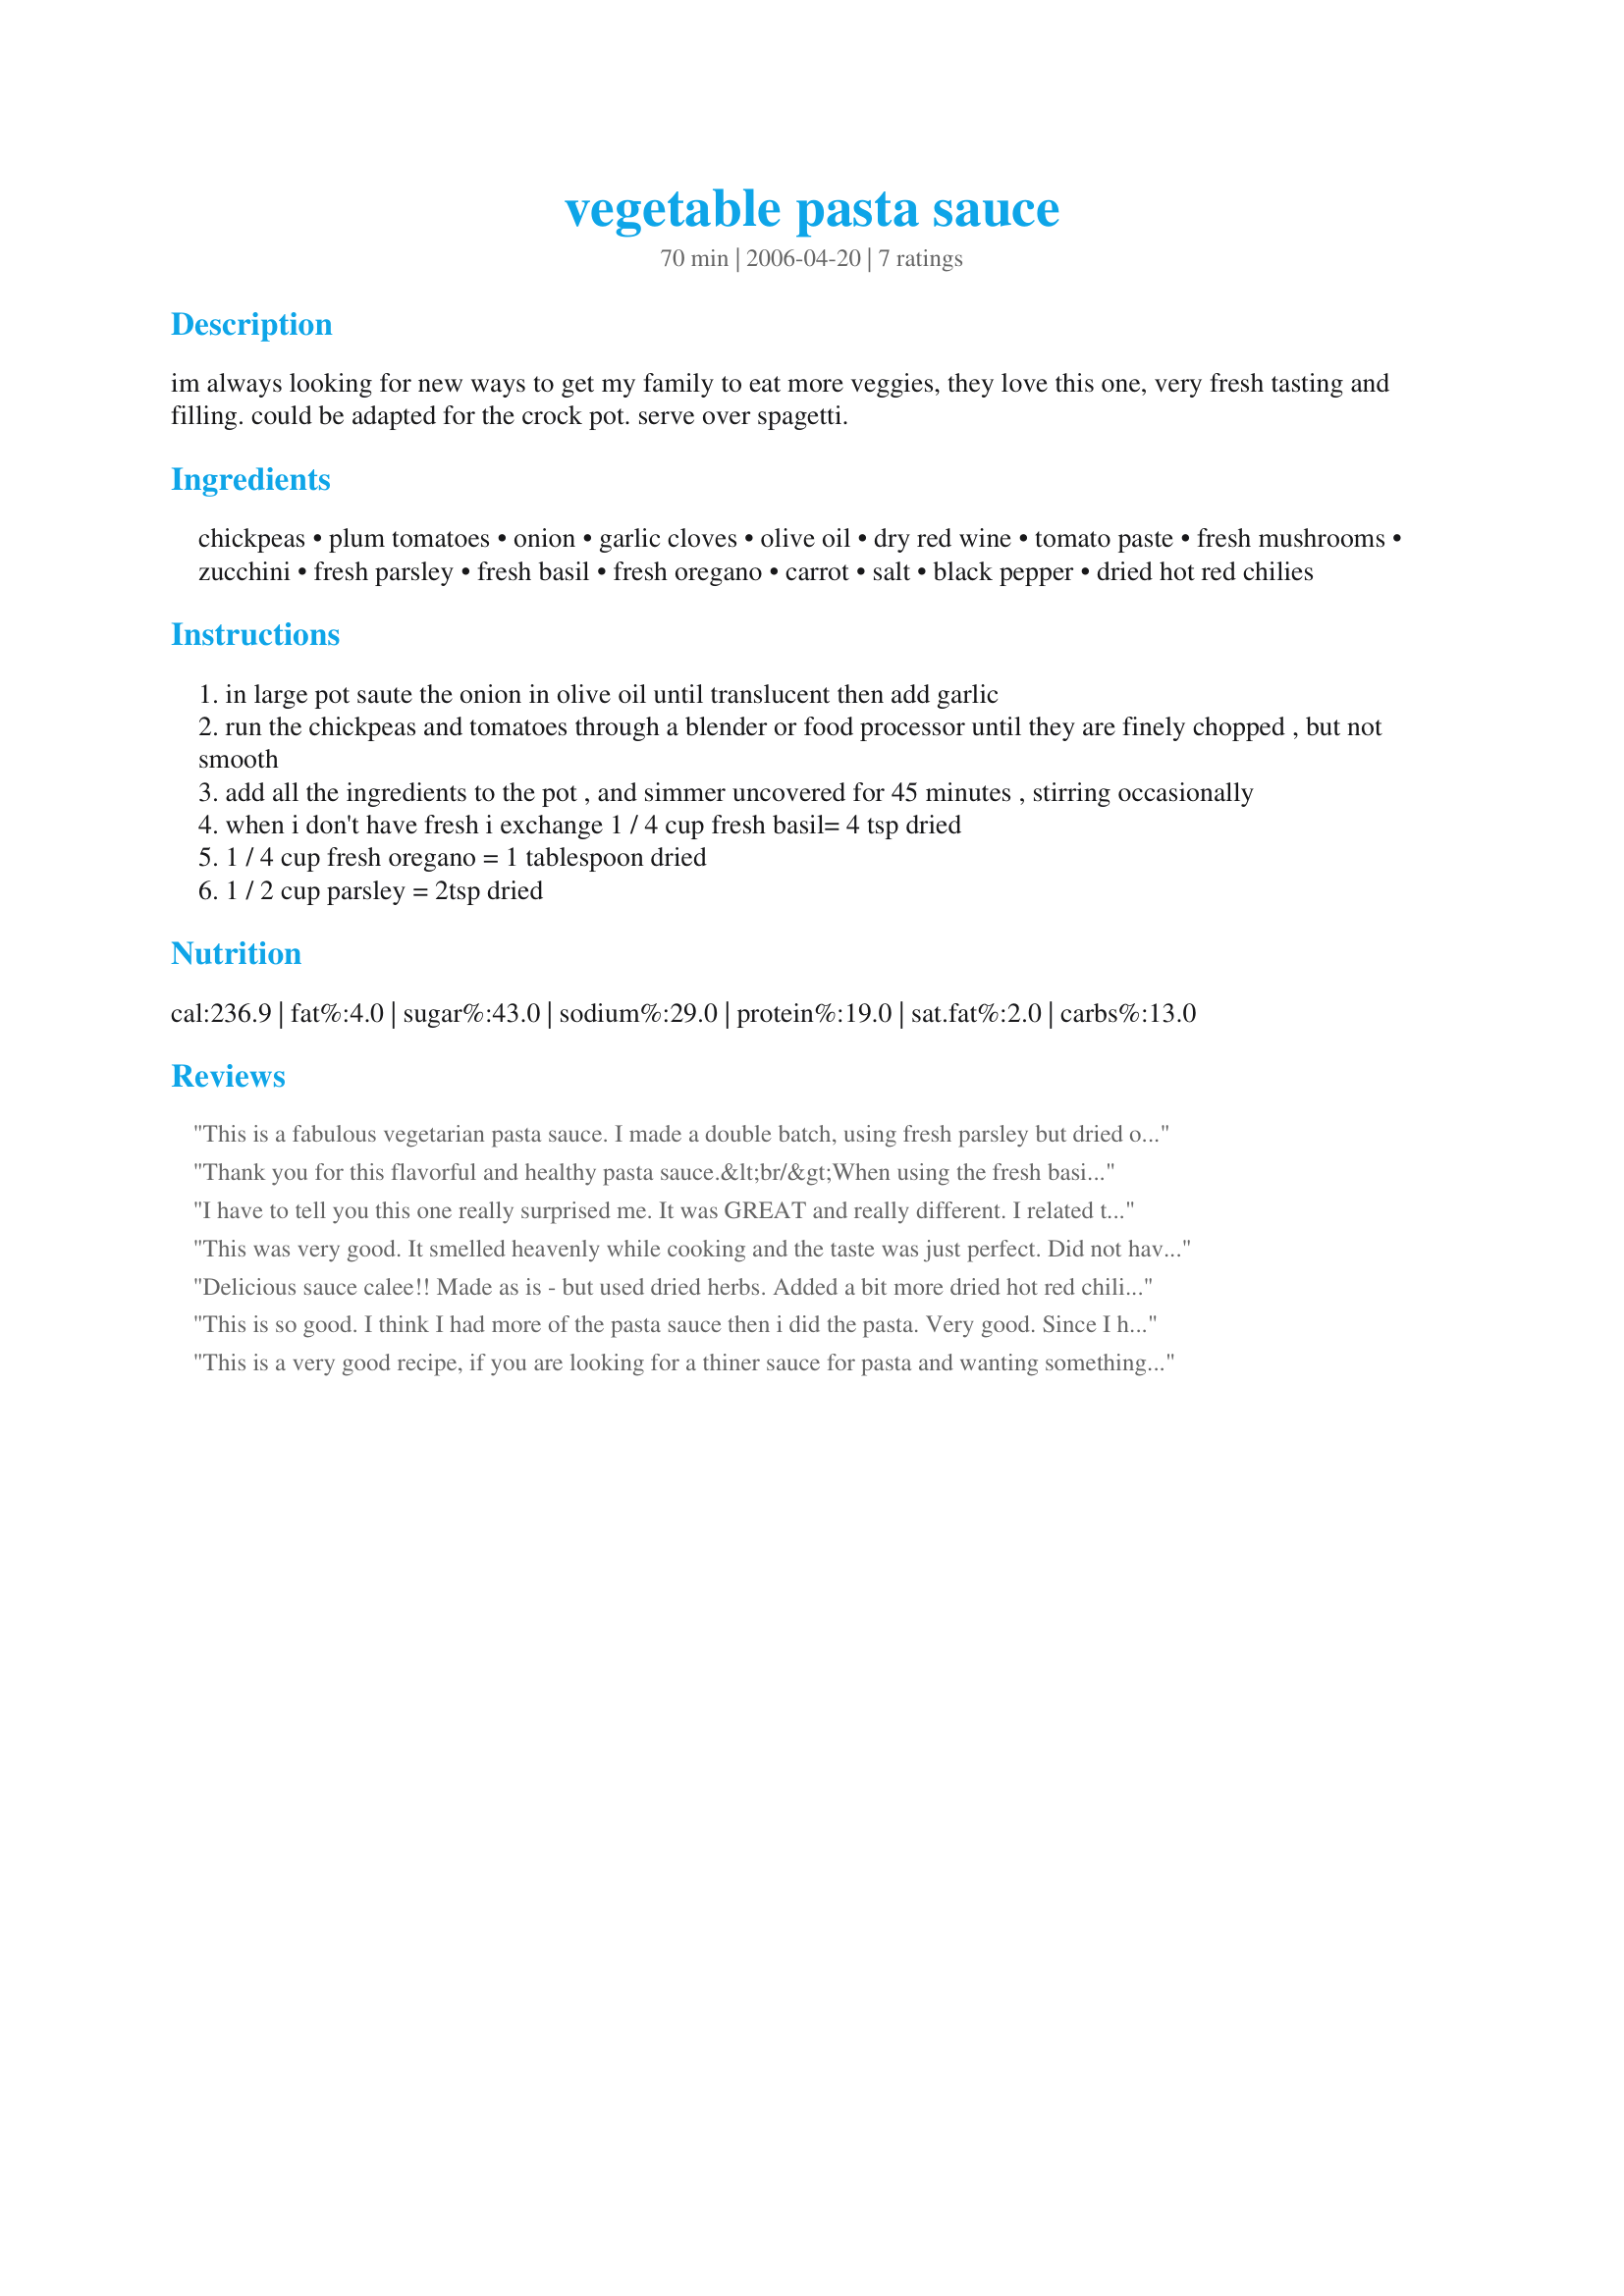
vegetable pasta sauce
Preparation time: 70 minutes

im always looking for new ways to get my family to eat more veggies, they love this one, very fresh tasting and filling. could be adapted for the crock pot. serve over spagetti.

Ingredients:
chickpeas, plum tomatoes, onion, garlic cloves, olive oil, dry red wine, tomato paste, fresh mushrooms, zucchini, fresh parsley, fresh basil, fresh oregano, carrot, salt, black pepper, dried hot red chilies

Steps:
in large pot saute the onion in olive oil until translucent then add garlic
run the chickpeas and tomatoes through a blender or food processor until they are finely chopped , but not smooth
add all the ingredients to the pot , and simmer uncovered for 45 minutes , stirring occasionally
when i don't have fresh i exchange 1 / 4 cup fresh basil= 4 tsp dried
1 / 4 cup fresh oregano = 1 tablespoon dried
1 / 2 cup parsley = 2tsp dried

Reviews:
This is a fabulous vegetarian pasta sauce. I made a double batch, using fresh parsley but dried oregano & basil; I used red pepper flakes for the dried chilies. Can't wait to have it again.
Thank you for this flavorful and healthy pasta sauce.&lt;br/&gt;When using the fresh basil and oregano, remember to add them at the last minute for the most flavor. Unlike dried herbs, which keep adding flavor the longer they simmer, fresh herbs release their fresh flavor as soon as they are added to the hot sauce. The longer fresh herbs cook the more the flavor disappears.
I have to tell you this one really surprised me. It was GREAT and really different. I related to the reviewer who said he mostly ate the sauce (trying to be lower carb these days). I did use a full cup of red wine - the alcohol cooks off. I don't care for mushrooms so didn't add those, and used freeze-dried herbs. It was easy to prepare too. THANK YOU for posting!
This was very good. It smelled heavenly while cooking and the taste was just perfect. Did not have fresh herbs and was very thankful for the suggested amount for dried. Did add just a little more salt than stated but I guess that is just personal preference. Thanks for posting.
Delicious sauce calee!! Made as is - but used dried herbs. Added a bit more dried hot red chilies. A nice way to use chickpeas - they are diced so small, you don't even know they are there!! Put some in jars for later use as it makes quite a big batch. Thanks Calee!
This is so good. I think I had more of the pasta sauce then i did the pasta. Very good. Since I have a very small food processor I had trouble getting all the chickpeas and plum tomatoes chopped the way they look in the pictures. as a result I had to break up the tomatoes while cooking, which wasn't a problem and some of the chickpeas were whole which I ended up liking that way. I love the recipe, i wouldn't change it, although i wouldn't mind adding another carrot for next time.
This is a very good recipe, if you are looking for a thiner sauce for pasta and wanting something vegetarian. Although I enjoyed this recipe.... it left me with a good case of heart burn (the mushrooms did me in!!!)... and my husband and daughter were kinda in the middle of the road. My husband had said if there was a meat in the sauce and it coated the pasta a little bit heavier, he would have enjoyed it more. I made mine in the crockpot and had it cooking on low for 6 hours. I will add some chicken broth and make it into a soup and give it to my husband for lunches!!! Sorry Calee, but this will be a no for me
